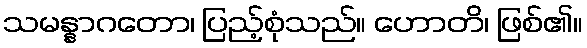
သမန္နာဂတော၊ ပြည့်စုံသည်။ ဟောတိ၊ ဖြစ်၏။